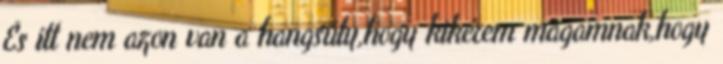
És itt nem azon van a hangsúly,hogy kikérem magamnak,hogy